Lunatic asylums in Bengal annual reports 1912-1924 - 1912-1924
Year: 1912
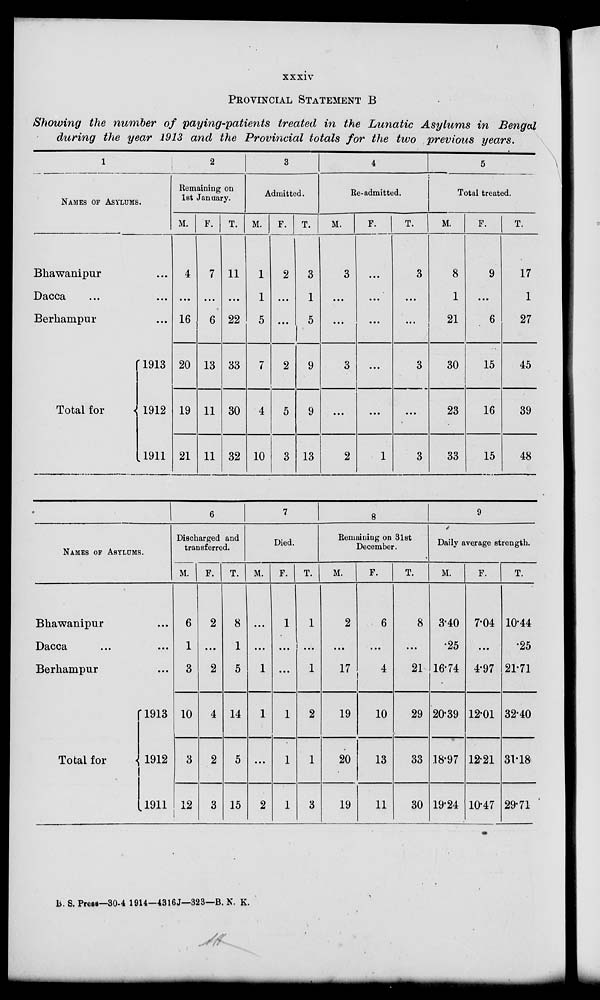
xxxiv
PROVINCIAL STATEMENT B
Showing the number of paying-patients
treated in the Lunatic Asylums in Bengal
during the year 1913 and the Provincial totals for the two previous years.
1
NAMES OF ASYLUMS.
Bhawanipur ...
Dacca
...
...
Berhampur ...
Total for
1913
1912
1911
2
Remaining on
1st January.
M.
4
...
16
20
19
21
F.
7
...
6
13
11
11
T.
11
...
22
33
30
32
3
Admitted.
M.
1
1
5
7
4
10
F.
2
...
...
2
5
3
T.
3
1
5
9
9
13
4
Re-admitted.
M.
3
...
...
3
...
2
F.
...
...
...
...
...
1
T.
3
...
...
3
...
3
5
Total treated.
M.
8
1
21
30
23
33
F.
9
...
6
15
16
15
T.
17
1
27
45
39
48
NAMES OF ASYLUMS.
Bhawanipur ...
Dacca
...
...
Berhampur ...
Total for
1913
1912
1911
6
Discharged and
transferred.
M.
6
1
3
10
3
12
F.
2
...
2
4
2
3
T.
8
1
5
14
5
15
7
Died.
M.
...
...
1
1
...
2
F.
1
...
...
1
1
1
T.
1
...
1
2
1
3
8
Remaining on 31st
December.
M.
2
...
17
19
20
19
F.
6
...
4
10
13
11
T.
8
...
21
29
33
30
9
Daily average strength.
M.
3.40
25
16.74
20.39
18.97
19.24
F.
7.04
...
4.97
12.01
12.21
10.47
T.
10.44
.25
21.71
32.40
31.18
29.71
B. S. Press—30-4-1914—4316J—323—B. N. K.